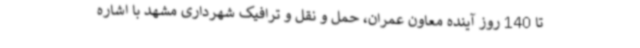
تا 140 روز آینده معاون عمران، حمل و نقل و ترافیک شهرداری مشهد با اشاره